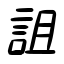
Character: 詛